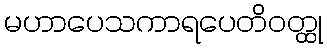
မဟာပေသကာရပေတိဝတ္ထု